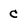
Character: C